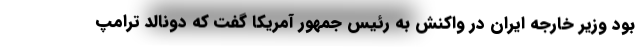
بود وزیر خارجه ایران در واکنش به رئیس جمهور آمریکا گفت که دونالد ترامپ